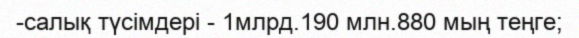
-салық түсімдері - 1млрд.190 млн.880 мың теңге;